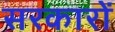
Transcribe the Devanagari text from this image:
सरकाराें